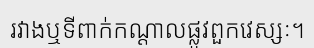
រវាងឬទីពាក់កណ្តាលផ្លូវពួកវេស្សៈ។